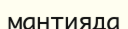
мантияда